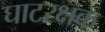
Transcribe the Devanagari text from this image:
घाटरक्षक